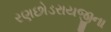
રણછોડરાયજીના